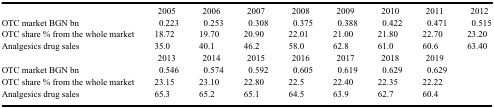
<table><thead><tr><td><b> </b></td><td><b>2005</b></td><td><b>2006</b></td><td><b>2007</b></td><td><b>2008</b></td><td><b>2009</b></td><td><b>2010</b></td><td><b>2011</b></td><td><b>2012</b></td></tr></thead><tbody><tr><td>OTC market BGN bn</td><td>0.223</td><td>0.253</td><td>0.308</td><td>0.375</td><td>0.388</td><td>0.422</td><td>0.471</td><td>0.515</td></tr><tr><td>OTC share % from the whole market</td><td>18.72</td><td>19.70</td><td>20.90</td><td>22.01</td><td>21.00</td><td>21.80</td><td>22.70</td><td>23.20</td></tr><tr><td>Analgesics drug sales</td><td>35.0</td><td>40.1</td><td>46.2</td><td>58.0</td><td>62.8</td><td>61.0</td><td>60.6</td><td>63.40</td></tr><tr><td> </td><td>2013</td><td>2014</td><td>2015</td><td>2016</td><td>2017</td><td>2018</td><td>2019</td><td> </td></tr><tr><td>OTC market BGN bn</td><td>0.546</td><td>0.574</td><td>0.592</td><td>0.605</td><td>0.619</td><td>0.629</td><td>0.629</td><td> </td></tr><tr><td>OTC share % from the whole market</td><td>23.15</td><td>23.10</td><td>22.80</td><td>22.5</td><td>22.40</td><td>22.35</td><td>22.22</td><td> </td></tr><tr><td>Analgesics drug sales</td><td>65.3</td><td>65.2</td><td>65.1</td><td>64.5</td><td>63.9</td><td>62.7</td><td>60.4</td><td> </td></tr></tbody></table>